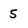
Character: 5